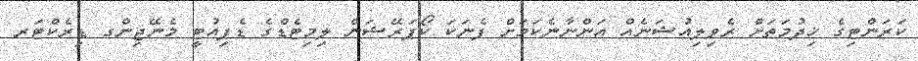
ކަރަންޓިގެ ޚިދުމަތަށް ރެވިލިއުޝަނެއް އަންނާނެކަމަށް ފެނަކަ ކޯޕަރޭޝަން ލިމިޓެޑްގެ ޑެޕިއުޓީ މެނޭޖިންގ ޑިރެކްޓަރ